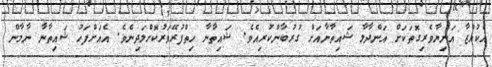
އެކުއްޖާ އަނިޔާވެރިގޮތަކަށް އަންދާލާ ޝައިތާނާއަށް ގުރުބާންކުރިއެވެ. ޝައިތާނާ ހިތްފުރޭވަރުކޮށްލަދިނެވެ. އެއަށްފަހު ޝައިތާނާ ނާމާން